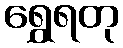
ရွှေရတု